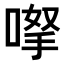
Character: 𠸎